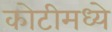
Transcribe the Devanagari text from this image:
कोटीमध्ये